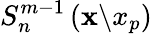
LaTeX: S_{n}^{m-1}\left(\mathbf{x}\backslash x_{p}\right)